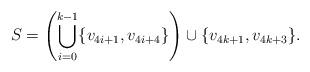
LaTeX: \begin{align*}S = \left( \bigcup_{i=0}^{k-1} \{v_{4i+1},v_{4i+4}\} \right) \cup \{v_{4k+1},v_{4k+3}\}.\end{align*}